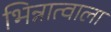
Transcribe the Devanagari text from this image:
भिन्नात्वाला